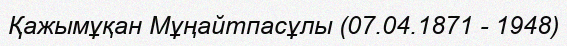
Қажымұқан Мұңайтпасұлы (07.04.1871 - 1948)